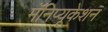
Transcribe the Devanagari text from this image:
मॅनिप्यूकेशन